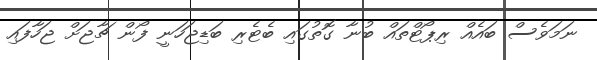
ނަމަވެސް ބައެއް ރިޕޯޓްތައް ބުނާ ގޮތުގައި ބެޓެރި ބަޑިޖަހަނީ ފޯން ޗާޖަށް ޖަހާފައި